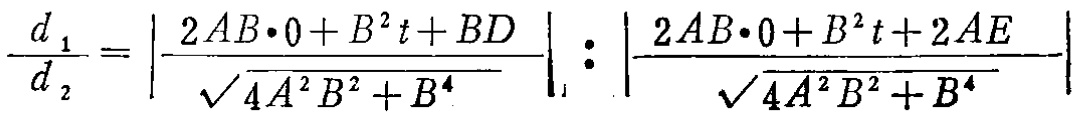
\(\frac{d_{1}}{d_{2}}=\left|\frac{2AB\cdot0 + B^{2}t+BD}{\sqrt{4A^{2}B^{2}+B^{4}}}\right|:\left|\frac{2AB\cdot0 + B^{2}t + 2AE}{\sqrt{4A^{2}B^{2}+B^{4}}}\right|\)